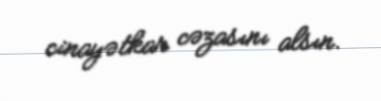
cinayətkar cəzasını alsın.